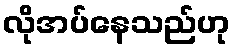
လိုအပ်နေသည်ဟု